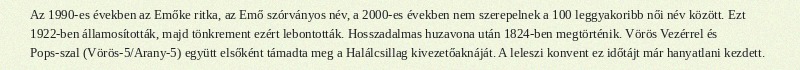
Az 1990-es években az Emőke ritka, az Emő szórványos név, a 2000-es években nem szerepelnek a 100 leggyakoribb női név között. Ezt 1922-ben államosították, majd tönkrement ezért lebontották. Hosszadalmas huzavona után 1824-ben megtörténik. Vörös Vezérrel és Pops-szal (Vörös-5/Arany-5) együtt elsőként támadta meg a Halálcsillag kivezetőaknáját. A leleszi konvent ez időtájt már hanyatlani kezdett.